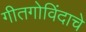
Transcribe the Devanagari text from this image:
गीतगोविंदाचे